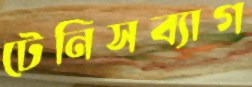
টেনিসব্যাগ